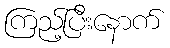
ကြည့်ပြီးနောက်